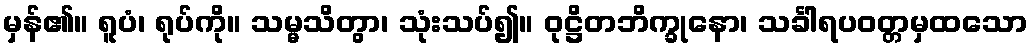
မှန်၏။ ရူပံ၊ ရုပ်ကို။ သမ္မသိတွာ၊ သုံးသပ်၍။ ဝုဋ္ဌိတဘိက္ခုနော၊ သင်္ခါရပဝတ္တမှထသော